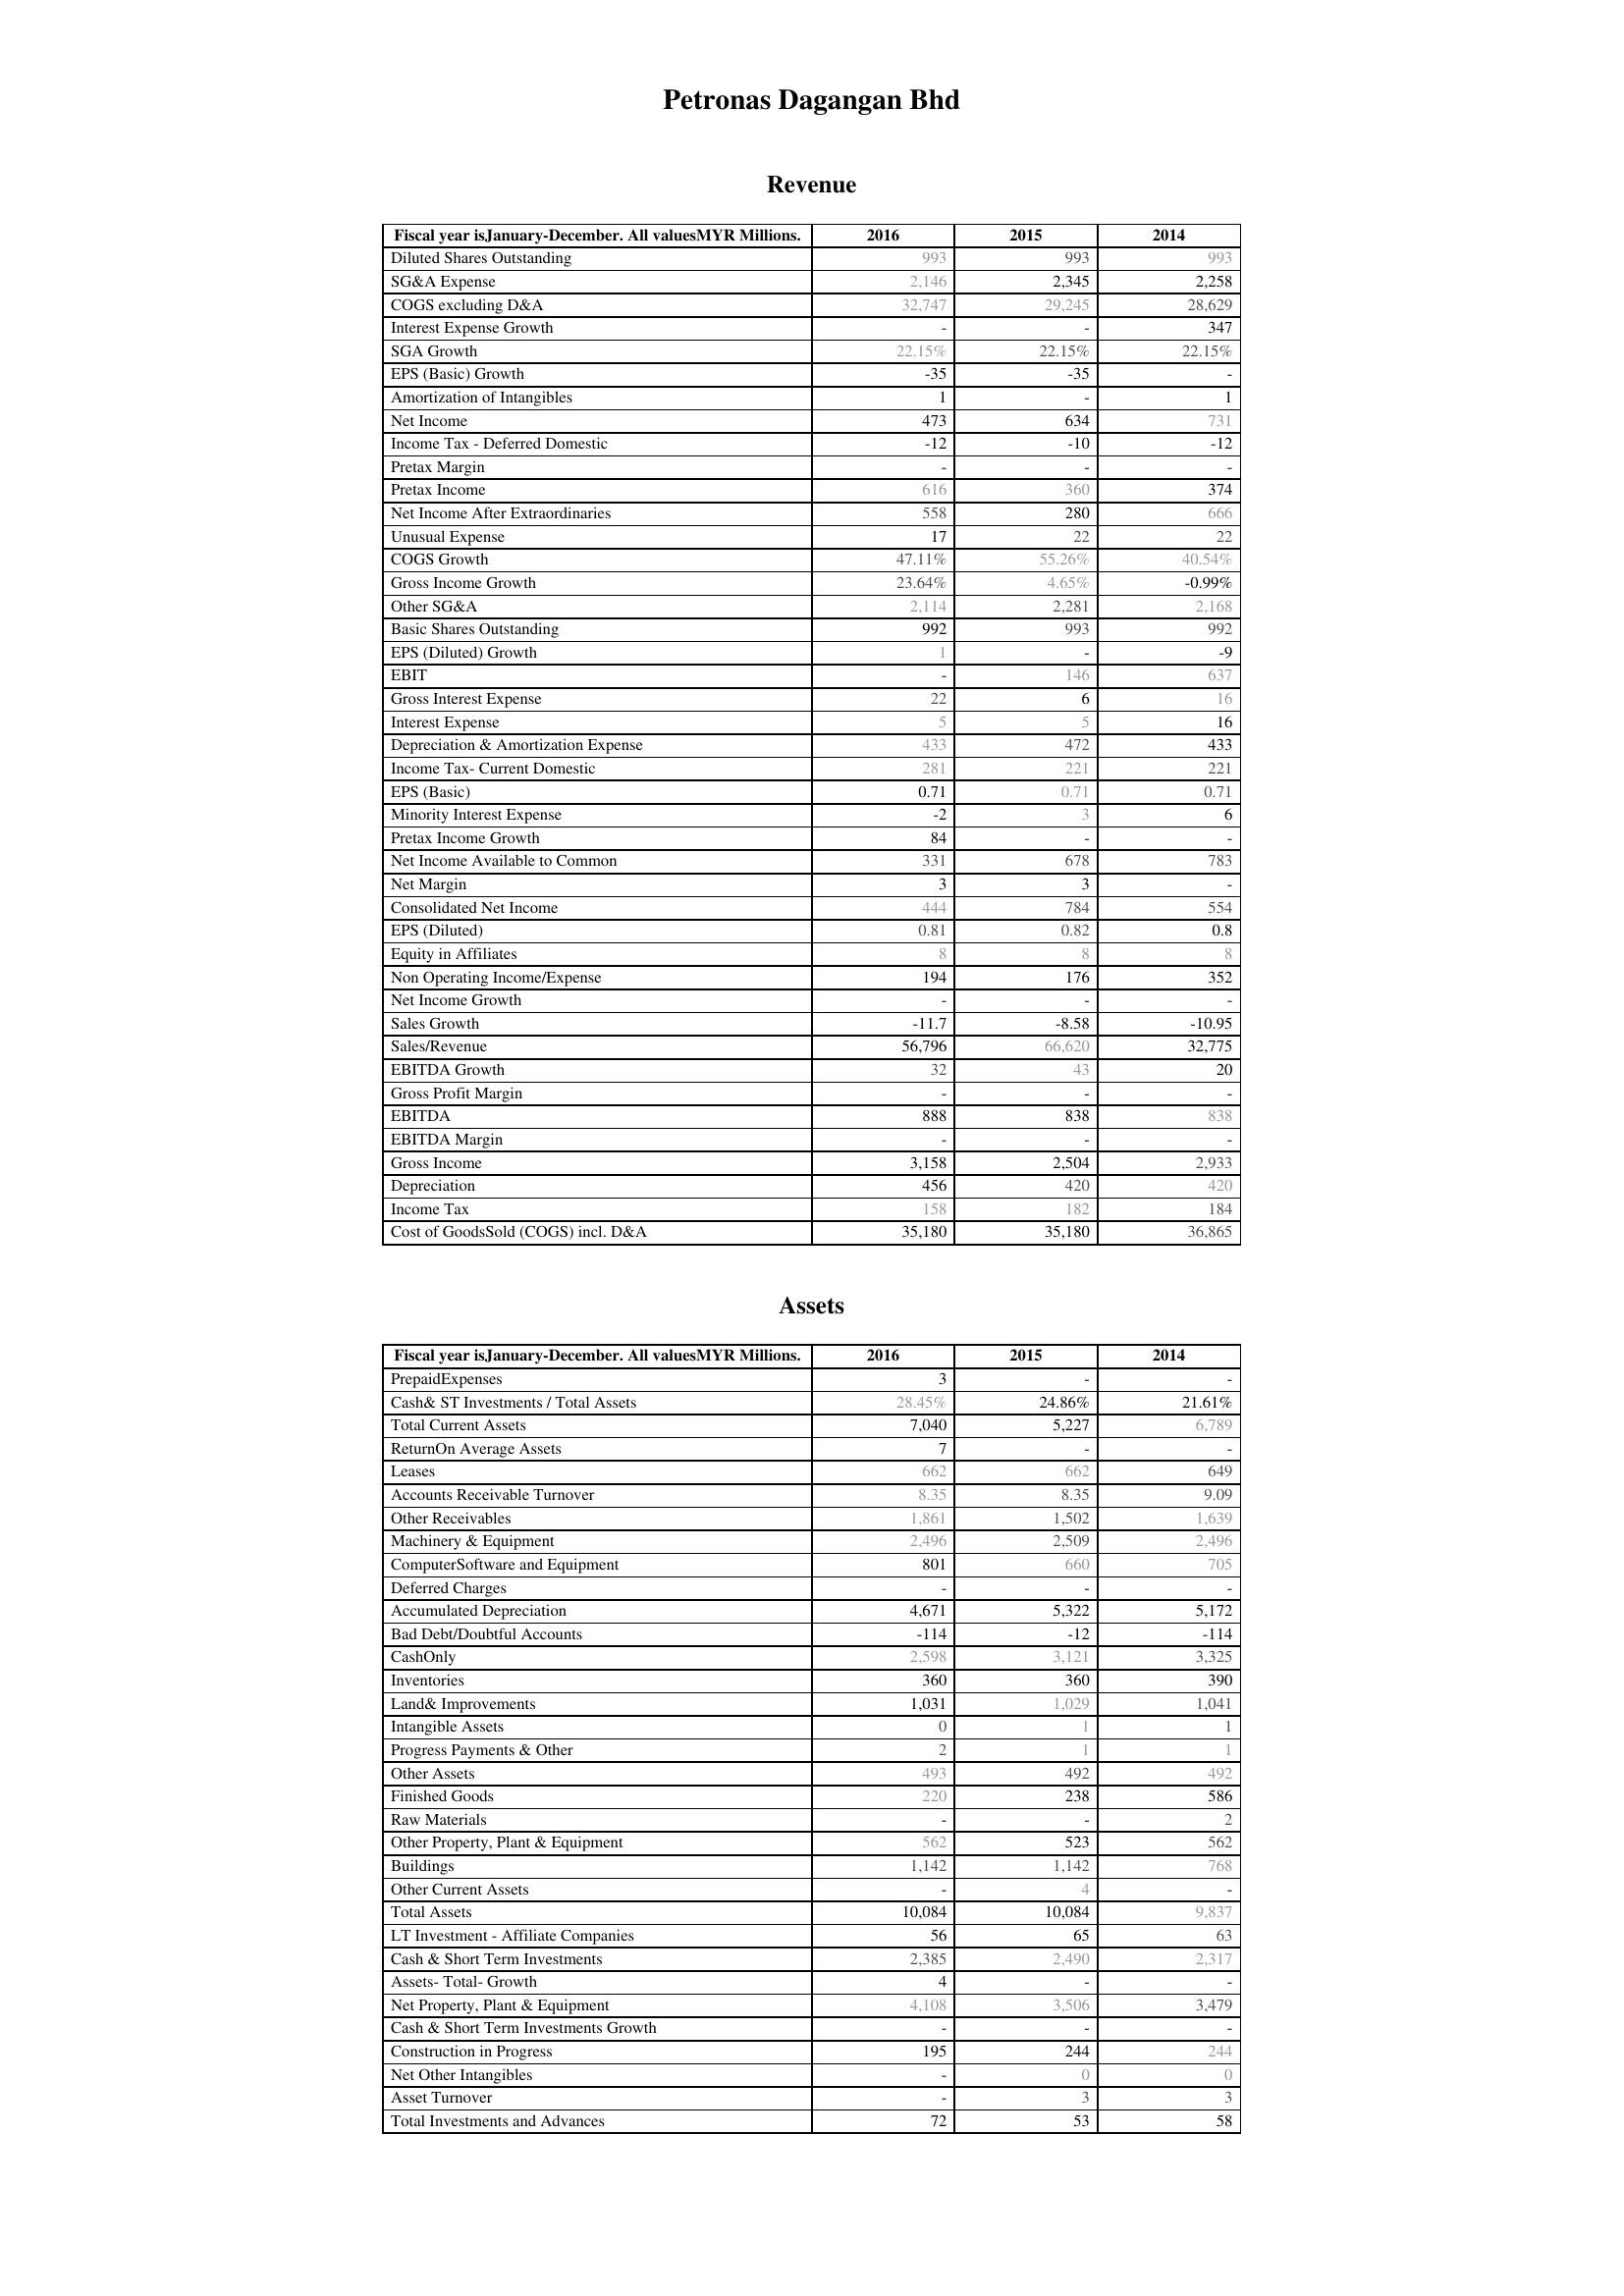
2016: Revenue: Diluted Shares Outstanding: 993
SG&A Expense: 2,146
COGS excluding D&A: 32,747
Interest Expense Growth: -
SGA Growth: 22.15%
EPS (Basic) Growth: -35
Amortization of Intangibles: 1
Net Income: 473
Income Tax - Deferred Domestic: -12
Pretax Margin: -
Pretax Income: 616
Net Income After Extraordinaries: 558
Unusual Expense: 17
COGS Growth: 47.11%
Gross Income Growth: 23.64%
Other SG&A: 2,114
Basic Shares Outstanding: 992
EPS (Diluted) Growth: 1
EBIT: -
Gross Interest Expense: 22
Interest Expense: 5
Depreciation & Amortization Expense: 433
Income Tax- Current Domestic: 281
EPS (Basic): 0.71
Minority Interest Expense: -2
Pretax Income Growth: 84
Net Income Available to Common: 331
Net Margin: 3
Consolidated Net Income: 444
EPS (Diluted): 0.81
Equity in Affiliates: 8
Non Operating Income/Expense: 194
Net Income Growth: -
Sales Growth: -11.7
Sales/Revenue: 56,796
EBITDA Growth: 32
Gross Profit Margin: -
EBITDA: 888
EBITDA Margin: -
Gross Income: 3,158
Depreciation: 456
Income Tax: 158
Cost of GoodsSold (COGS) incl. D&A: 35,180
Assets: PrepaidExpenses: 3
Cash& ST Investments / Total Assets: 28.45%
Total Current Assets: 7,040
ReturnOn Average Assets: 7
Leases: 662
Accounts Receivable Turnover: 8.35
Other Receivables: 1,861
Machinery & Equipment: 2,496
ComputerSoftware and Equipment: 801
Deferred Charges: -
Accumulated Depreciation: 4,671
Bad Debt/Doubtful Accounts: -114
CashOnly: 2,598
Inventories: 360
Land& Improvements: 1,031
Intangible Assets: 0
Progress Payments & Other: 2
Other Assets: 493
Finished Goods: 220
Raw Materials: -
Other Property, Plant & Equipment: 562
Buildings: 1,142
Other Current Assets: -
Total Assets: 10,084
LT Investment - Affiliate Companies: 56
Cash & Short Term Investments: 2,385
Assets- Total- Growth: 4
Net Property, Plant & Equipment: 4,108
Cash & Short Term Investments Growth: -
Construction in Progress: 195
Net Other Intangibles: -
Asset Turnover: -
Total Investments and Advances: 72
2015: Revenue: Diluted Shares Outstanding: 993
SG&A Expense: 2,345
COGS excluding D&A: 29,245
Interest Expense Growth: -
SGA Growth: 22.15%
EPS (Basic) Growth: -35
Amortization of Intangibles: -
Net Income: 634
Income Tax - Deferred Domestic: -10
Pretax Margin: -
Pretax Income: 360
Net Income After Extraordinaries: 280
Unusual Expense: 22
COGS Growth: 55.26%
Gross Income Growth: 4.65%
Other SG&A: 2,281
Basic Shares Outstanding: 993
EPS (Diluted) Growth: -
EBIT: 146
Gross Interest Expense: 6
Interest Expense: 5
Depreciation & Amortization Expense: 472
Income Tax- Current Domestic: 221
EPS (Basic): 0.71
Minority Interest Expense: 3
Pretax Income Growth: -
Net Income Available to Common: 678
Net Margin: 3
Consolidated Net Income: 784
EPS (Diluted): 0.82
Equity in Affiliates: 8
Non Operating Income/Expense: 176
Net Income Growth: -
Sales Growth: -8.58
Sales/Revenue: 66,620
EBITDA Growth: 43
Gross Profit Margin: -
EBITDA: 838
EBITDA Margin: -
Gross Income: 2,504
Depreciation: 420
Income Tax: 182
Cost of GoodsSold (COGS) incl. D&A: 35,180
Assets: PrepaidExpenses: -
Cash& ST Investments / Total Assets: 24.86%
Total Current Assets: 5,227
ReturnOn Average Assets: -
Leases: 662
Accounts Receivable Turnover: 8.35
Other Receivables: 1,502
Machinery & Equipment: 2,509
ComputerSoftware and Equipment: 660
Deferred Charges: -
Accumulated Depreciation: 5,322
Bad Debt/Doubtful Accounts: -12
CashOnly: 3,121
Inventories: 360
Land& Improvements: 1,029
Intangible Assets: 1
Progress Payments & Other: 1
Other Assets: 492
Finished Goods: 238
Raw Materials: -
Other Property, Plant & Equipment: 523
Buildings: 1,142
Other Current Assets: 4
Total Assets: 10,084
LT Investment - Affiliate Companies: 65
Cash & Short Term Investments: 2,490
Assets- Total- Growth: -
Net Property, Plant & Equipment: 3,506
Cash & Short Term Investments Growth: -
Construction in Progress: 244
Net Other Intangibles: 0
Asset Turnover: 3
Total Investments and Advances: 53
2014: Revenue: Diluted Shares Outstanding: 993
SG&A Expense: 2,258
COGS excluding D&A: 28,629
Interest Expense Growth: 347
SGA Growth: 22.15%
EPS (Basic) Growth: -
Amortization of Intangibles: 1
Net Income: 731
Income Tax - Deferred Domestic: -12
Pretax Margin: -
Pretax Income: 374
Net Income After Extraordinaries: 666
Unusual Expense: 22
COGS Growth: 40.54%
Gross Income Growth: -0.99%
Other SG&A: 2,168
Basic Shares Outstanding: 992
EPS (Diluted) Growth: -9
EBIT: 637
Gross Interest Expense: 16
Interest Expense: 16
Depreciation & Amortization Expense: 433
Income Tax- Current Domestic: 221
EPS (Basic): 0.71
Minority Interest Expense: 6
Pretax Income Growth: -
Net Income Available to Common: 783
Net Margin: -
Consolidated Net Income: 554
EPS (Diluted): 0.8
Equity in Affiliates: 8
Non Operating Income/Expense: 352
Net Income Growth: -
Sales Growth: -10.95
Sales/Revenue: 32,775
EBITDA Growth: 20
Gross Profit Margin: -
EBITDA: 838
EBITDA Margin: -
Gross Income: 2,933
Depreciation: 420
Income Tax: 184
Cost of GoodsSold (COGS) incl. D&A: 36,865
Assets: PrepaidExpenses: -
Cash& ST Investments / Total Assets: 21.61%
Total Current Assets: 6,789
ReturnOn Average Assets: -
Leases: 649
Accounts Receivable Turnover: 9.09
Other Receivables: 1,639
Machinery & Equipment: 2,496
ComputerSoftware and Equipment: 705
Deferred Charges: -
Accumulated Depreciation: 5,172
Bad Debt/Doubtful Accounts: -114
CashOnly: 3,325
Inventories: 390
Land& Improvements: 1,041
Intangible Assets: 1
Progress Payments & Other: 1
Other Assets: 492
Finished Goods: 586
Raw Materials: 2
Other Property, Plant & Equipment: 562
Buildings: 768
Other Current Assets: -
Total Assets: 9,837
LT Investment - Affiliate Companies: 63
Cash & Short Term Investments: 2,317
Assets- Total- Growth: -
Net Property, Plant & Equipment: 3,479
Cash & Short Term Investments Growth: -
Construction in Progress: 244
Net Other Intangibles: 0
Asset Turnover: 3
Total Investments and Advances: 58